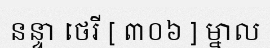
នន្ទា ថេរី [ ៣០៦ ] ម្នាល